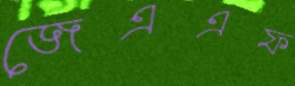
জেএএফ